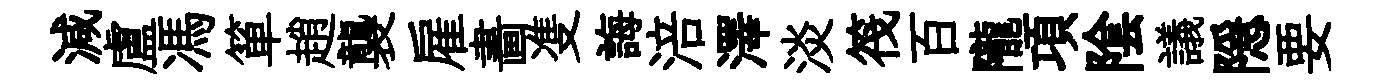
減盧馮箪趙襲雇畵㕠誨涪澤淡筏百隴項隂議隠要